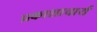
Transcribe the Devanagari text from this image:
प्रकाशाचार्य